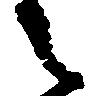
々